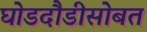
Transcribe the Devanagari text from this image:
घोडदौडीसोबत